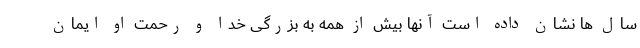
سال ها نشان داده است آنها بیش از همه به بزرگی خدا و رحمت او ایمان